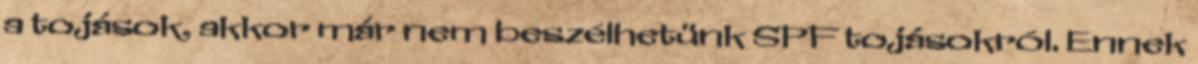
a tojások, akkor már nem beszélhetünk SPF tojásokról. Ennek